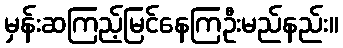
မှန်းဆကြည့်မြင်နေကြဦးမည်နည်း။